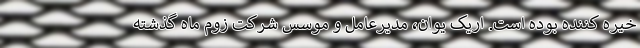
خیره کننده بوده است. اریک یوان، مدیرعامل و موسس شرکت زوم ماه گذشته